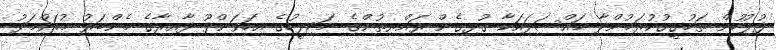
ފުލުހުން ތަހުގީގުކުރަމުންދާ މައްސަލައަކާ ގުޅިގެން ރައްޔިތުންގެ މަޖިލީހުގެ އިހަވަންދޫ ދާއިރާގެ މެންބަރު މުހައްމަދު